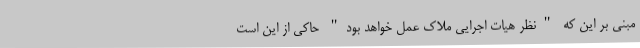
مبنی بر این که "نظر هیات اجرایی ملاک عمل خواهد بود" حاکی از این است